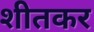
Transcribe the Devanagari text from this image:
शीतकर